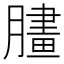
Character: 䐸